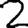
Digit: 2